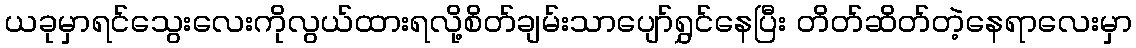
ယခုမှာရင်သွေးလေးကိုလွယ်ထားရလို့စိတ်ချမ်းသာပျော်ရွှင်နေပြီး တိတ်ဆိတ်တဲ့နေရာလေးမှာ